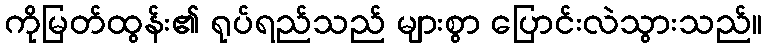
ကိုမြတ်ထွန်း၏ ရုပ်ရည်သည် များစွာ ပြောင်းလဲသွားသည်။